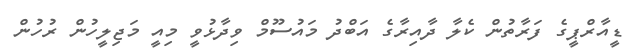
ޑީއާރްޕީގެ ފަރާތުން ކެލާ ދާއިރާގެ އަބްދު މައުސޫމް ވިދާޅުވީ މިއީ މަޖިލީހުން ރުހުން